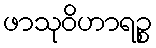
ဖာသုဝိဟာရဉ္စ